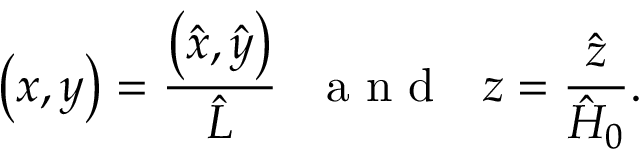
\left( x , y \right) = \frac { \left( \hat { x } , \hat { y } \right) } { \hat { L } } ~ ~ \mathrm { ~ a ~ n ~ d ~ } ~ ~ z = \frac { \hat { z } } { \hat { H } _ { 0 } } .